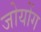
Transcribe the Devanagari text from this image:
जोयोंग